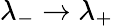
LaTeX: \lambda_{-}\to\lambda_{+}